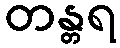
တန္တရ